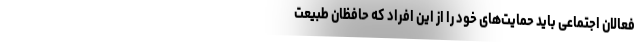
فعالان اجتماعی باید حمایت‌های خود را از این افراد که حافظان طبیعت